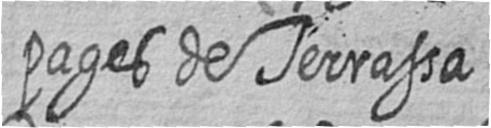
pages de Terrassa